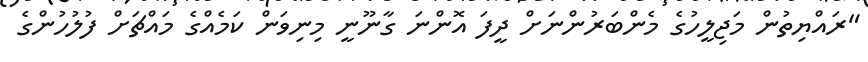
"ރައްޔިތުން މަޖިލީހުގެ މެންބަރުންނަށް ދީފަ އޮންނަ ގާނޫނީ މިނިވަން ކަމެއްގެ މައްޗަށް ފުލުހުންގެ